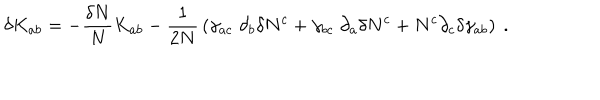
LaTeX: \delta K _ { a b } = - { \frac { \delta N } { N } } K _ { a b } - { \frac { 1 } { 2 N } } \left( \gamma _ { a c } \; \partial _ { b } \delta N ^ { c } + \gamma _ { b c } \; \partial _ { a } \delta N ^ { c } + N ^ { c } \partial _ { c } \delta \gamma _ { a b } \right) \ .